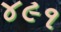
૪૯૧